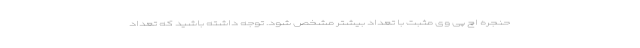
حنجره اچ پی وی مثبت با تعداد بیشتر مشخص شود. توجه داشته باشید که تعداد